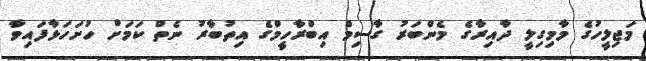
މަޖިލީހުގެ މާމިގިލީ ދާއިރާގެ މެންބަރު ގާސިމް އިބްރާހީމްގެ އިތުބާރު ނެތް ކަމަށް ހުށަހަޅާފައިވާ